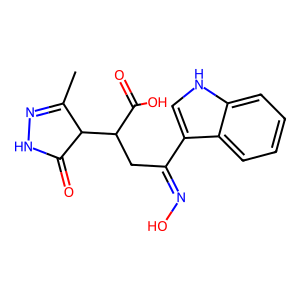
SMILES: CC1=NNC(=O)C1C(CC(=NO)c1c[nH]c2ccccc12)C(=O)O
Inhibits HIV replication: No